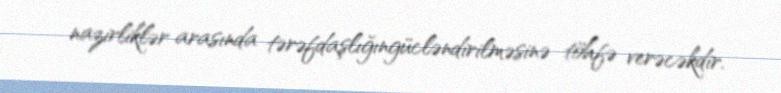
nazirliklər arasında tərəfdaşlığıngücləndirilməsinə töhfə verəcəkdir.